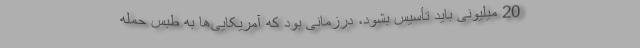
20 میلیونی باید تأسیس بشود، درزمانی بود که آمریکایی‌ها به طبس حمله